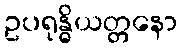
ဥပရုန္ဓိယတ္တနော